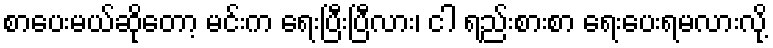
စာပေးမယ်ဆိုတော့ မင်းက ရေးပြီးပြီလား၊ ငါ ရည်းစားစာ ရေးပေးရမလားလို့